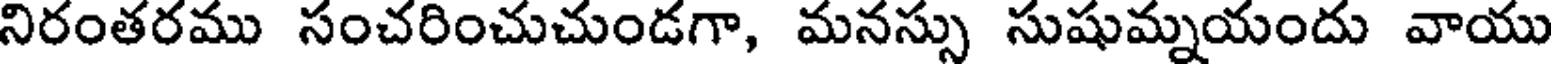
నిరంతరము సంచరించుచుండగా, మనస్సు సుషుమ్నయందు వాయు